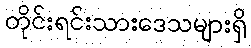
တိုင်းရင်းသားဒေသများရှိ